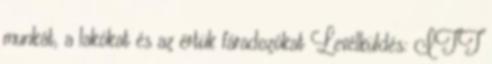
munkát, a lakókat és az értük fáradozókat Levélküldés: ITT